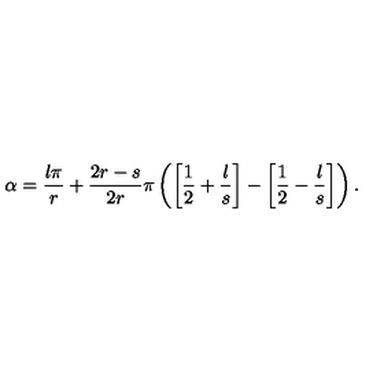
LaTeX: \alpha = \frac { l \pi } { r } + \frac { 2 r - s } { 2 r } \pi \left( \left[ \frac { 1 } { 2 } + \frac { l } { s } \right] - \left[ \frac { 1 } { 2 } - \frac { l } { s } \right] \right) .